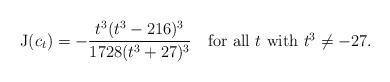
LaTeX: \begin{align*}{\rm J}(c_t)=-\frac{t^3(t^3-216)^3}{1728(t^3+27)^3}\quad\hbox{for all $t$ with $t^3\ne -27$.}\end{align*}